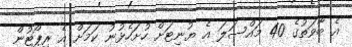
އެ ބާވަތުގެ 40 މައްސަލަ އެ ޔުނިޓަށް ހުށަހެޅުނު ކަމަށް އެ ރިޕޯޓުން